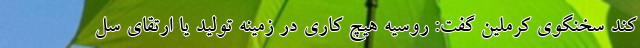
کند سخنگوی کرملین گفت: روسیه هیچ کاری در زمینه تولید یا ارتقای سل